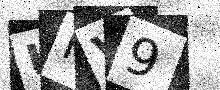
Text: UKV9